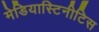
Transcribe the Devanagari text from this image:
मेडियास्टिनीटिस